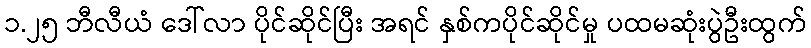
၁.၂၅ ဘီလီယံ ဒေါ်လာ ပိုင်ဆိုင်ပြီး အရင် နှစ်ကပိုင်ဆိုင်မှု ပထမဆုံးပွဲဦးထွက်